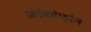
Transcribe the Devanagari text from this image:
फ्रांकोफ़ोन